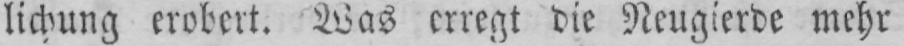
lichung erobert. Was erregt die Neugierde mehr